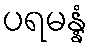
ပရမန္နံ